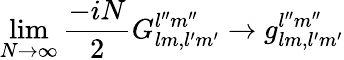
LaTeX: \operatorname*{lim}_{N\rightarrow\infty}\frac{-iN}{2}G_{lm,l^{\prime}m^{\prime}}^{l^{\prime\prime}m^{\prime\prime}}\rightarrow g_{lm,l^{\prime}m^{\prime}}^{l^{\prime\prime}m^{\prime\prime}}